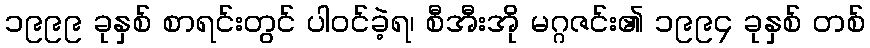
၁၉၉၉ ခုနှစ် စာရင်းတွင် ပါဝင်ခဲ့ရ၊ စီအီးအို မဂ္ဂဇင်း၏ ၁၉၉၄ ခုနှစ် တစ်